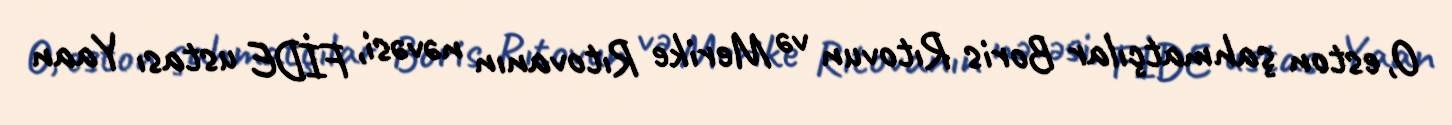
O, eston şahmatçılar Boris Rıtovun və Merike Rıtovanın nəvəsi, FİDE ustası Yaan